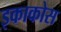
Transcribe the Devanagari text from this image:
इकाकोस